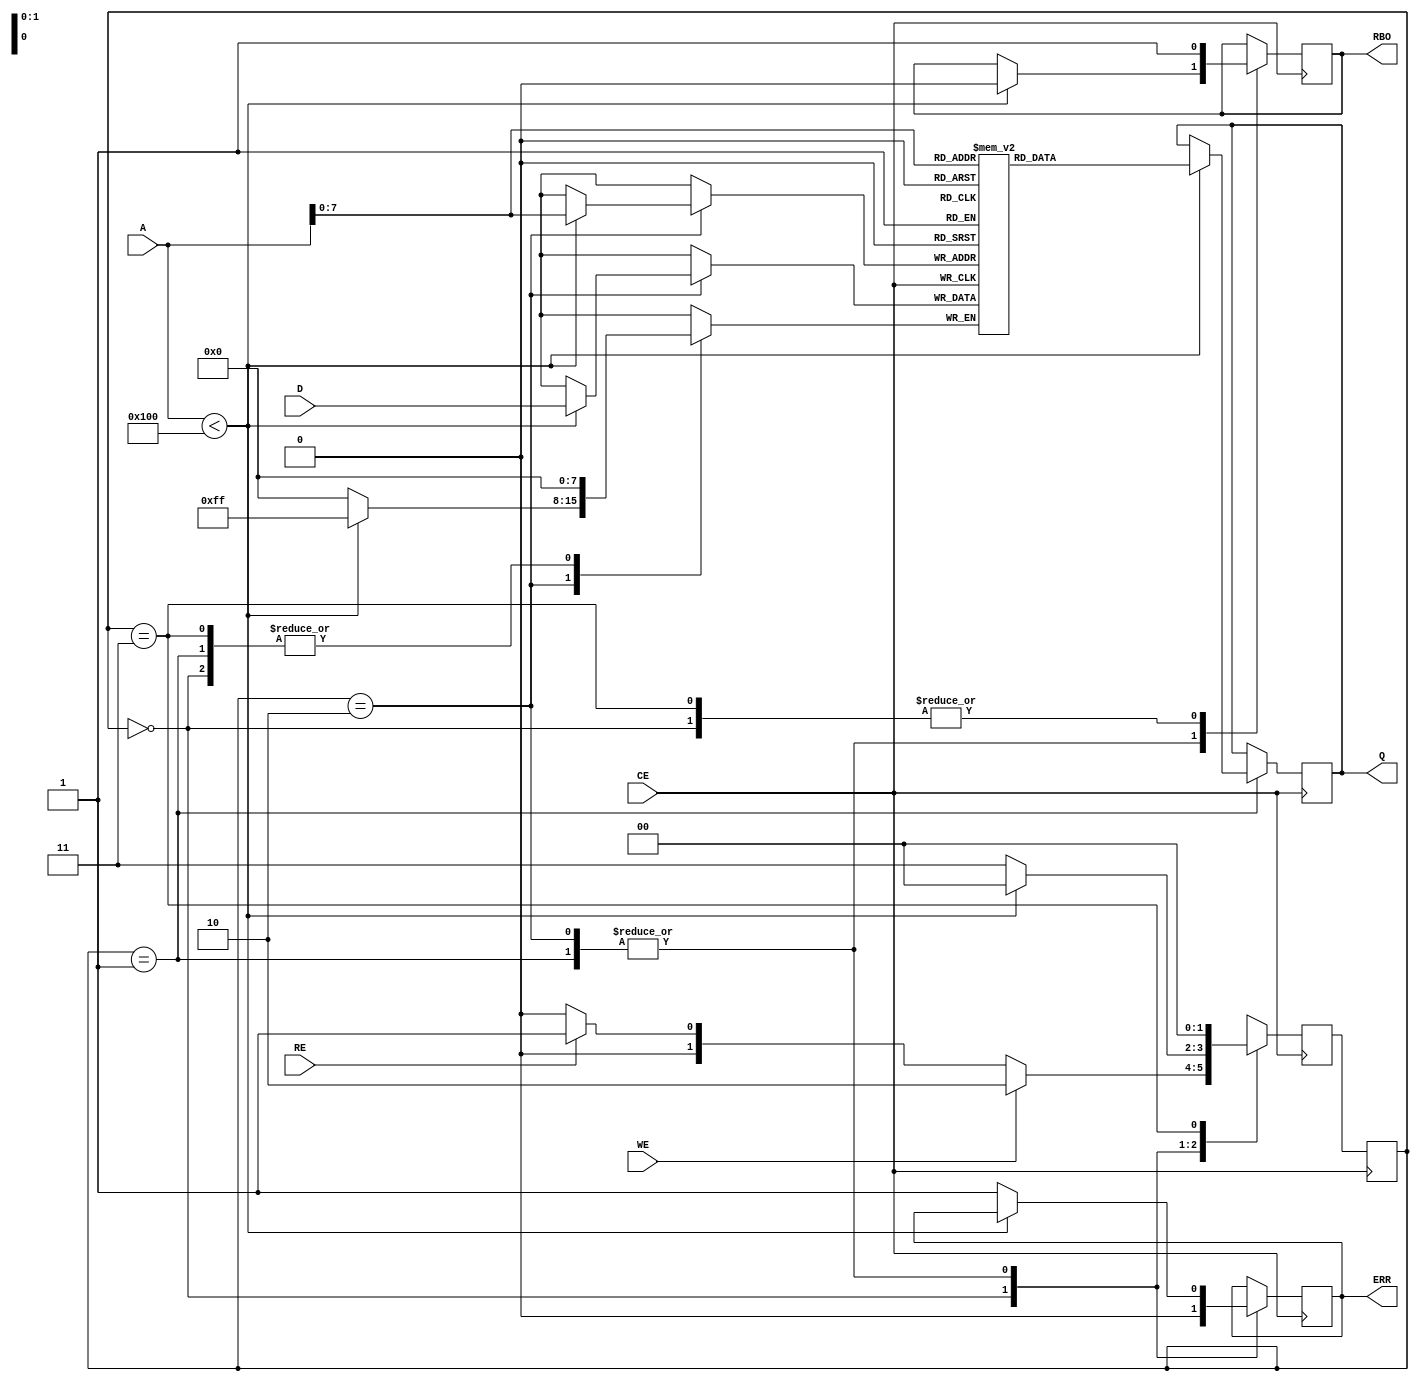
module MLC_NAND #(
    parameter addr_width = 12, // Example: 12-bit address for 4KB pages
    parameter dat_width = 8,    // Example: 8-bit data width
    parameter mem_size = 256    // Number of pages in the NAND
)(
    input wire WE,                // Write Enable
    input wire RE,                // Read Enable
    input wire CE,                // Chip Enable
    input wire [addr_width-1:0] A, // Address input
    input wire [dat_width-1:0] D, // Data input
    output reg [dat_width-1:0] Q,  // Data output
    output reg RBO,               // Ready/Busy output
    output reg ERR                // Error output
);

    // Memory array definition (Example: 256 pages of 4 bytes)
    reg [dat_width-1:0] mem [0:mem_size-1];
    reg [1:0] state, next_state; // State machine
    localparam IDLE = 2'b00, READ = 2'b01, WRITE = 2'b10, ERROR = 2'b11;

    // State machine controlling the operations
    always @(posedge CE) begin
        case (state)
            IDLE: begin
                RBO <= 1; // Indicate ready state
                ERR <= 0;

                if (WE) begin
                    next_state <= WRITE; // Transition to write state
                end else if (RE) begin
                    next_state <= READ; // Transition to read state
                end else begin
                    next_state <= IDLE; // Remain idle
                end
            end
            WRITE: begin
                if (A < mem_size) begin
                    mem[A] <= D; // Write data to memory
                    RBO <= 0; // Indicate busy
                    next_state <= IDLE; // Go back to idle after write
                end else begin
                    ERR <= 1; // Set error if address exceeds memory range
                    next_state <= ERROR; // Go to error state
                end
            end
            READ: begin
                if (A < mem_size) begin
                    Q <= mem[A]; // Read data from memory
                    RBO <= 0; // Indicate busy
                    next_state <= IDLE; // Go back to idle after read
                end else begin
                    ERR <= 1; // Set error if address exceeds memory range
                    next_state <= ERROR; // Go to error state
                end
            end
            ERROR: begin
                RBO <= 1; // Indicate ready state
                // Error handling logic could be added here
                next_state <= IDLE; // Return to idle state
            end
        endcase
    end

    // Sequential state transition
    always @(posedge CE) begin
        state <= next_state;
    end

endmodule